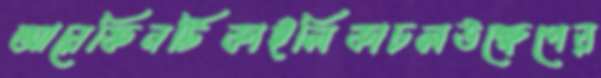
আরেফিনটিকাইলিকাচলউক্ষেপের